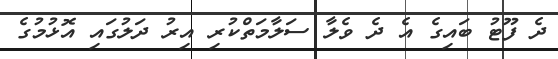
ދެ ފޫޓު ބައިގެ އެ ދެ ވެލާ ސަލާމަތްކުރި އިރު ދަލުގައި އޮޅުމުގެ